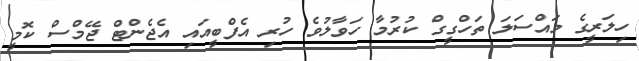
ހިލަރީގެ މައްސަލަ ތަހްގީގް ކުރުމާ ހަވާލުވެ ހުރި އެފްބީއައި އެޖެންޓް ޖޭމްސް ކޮމީ